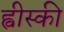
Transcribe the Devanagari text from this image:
ह्वीस्की